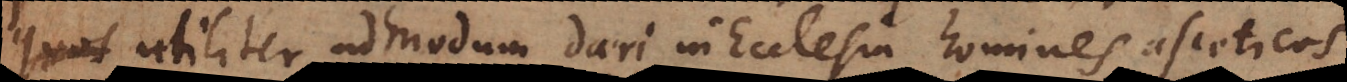
utiliter admodum dari in Ecclesia homines asceticos